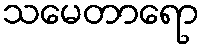
သမေတာရော